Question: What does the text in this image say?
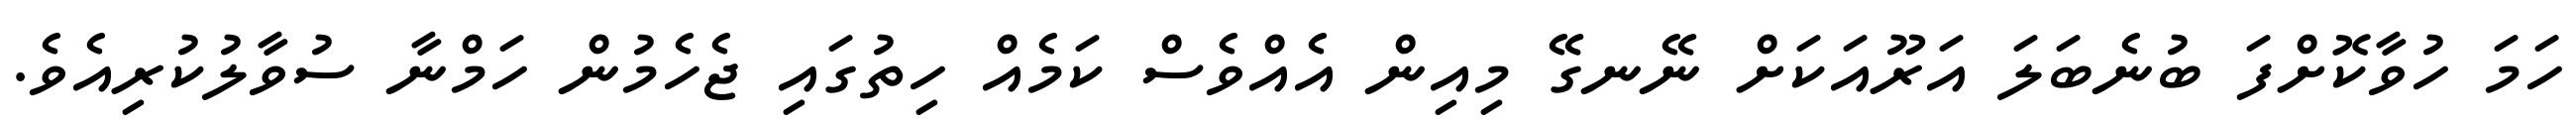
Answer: ހަމަ ހުވާކޮށްފަ ބުނެބަލަ އަރޫއަކަށް ނޭނގޭ މިއިން އެއްވެސް ކަމެއް ހިތުގައި ޖެހެމުން ހަމްނާ ސުވާލުކުރިއެވެ.